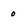
Character: 0